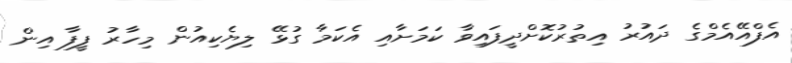
އެފްއޭއެމްގެ ދައުރު އިތުރުކޮށްދީފައިވާ ކަމަށާއި އެކަމާ ގުޅޭ ލިޔެކިއުން މިހާރު ފީފާ އިން